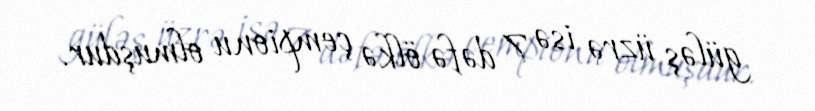
güləş üzrə isə 7 dəfə ölkə çempionu olmuşdur.